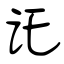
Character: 讬